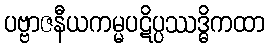
ပဗ္ဗာဇနီယကမ္မပဋိပ္ပဿဒ္ဓိကထာ